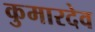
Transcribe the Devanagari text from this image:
कुमारदेव